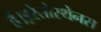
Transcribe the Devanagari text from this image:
हैं।इरेतोस्थेनस